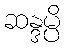
ဆန္ဒမ္ပိ